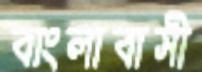
বাংলাবাসী